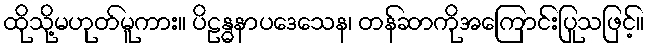
ထိုသို့မဟုတ်မူကား။ ပိဠန္ဓနာပဒေသေန၊ တန်ဆာကိုအကြောင်းပြုသဖြင့်။